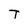
Character: T